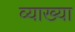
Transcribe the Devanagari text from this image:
व्याख्‍या